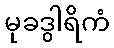
မုခဒွါရိကံ